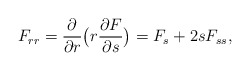
\begin{align*}F_{rr}=\frac{\partial}{\partial r}\big(r\frac{\partial F}{\partial s}\big)=F_s+2s F_{ss},\end{align*}